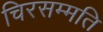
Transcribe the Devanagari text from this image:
चिरसम्मति